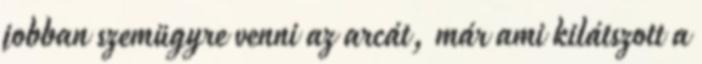
jobban szemügyre venni az arcát, már ami kilátszott a